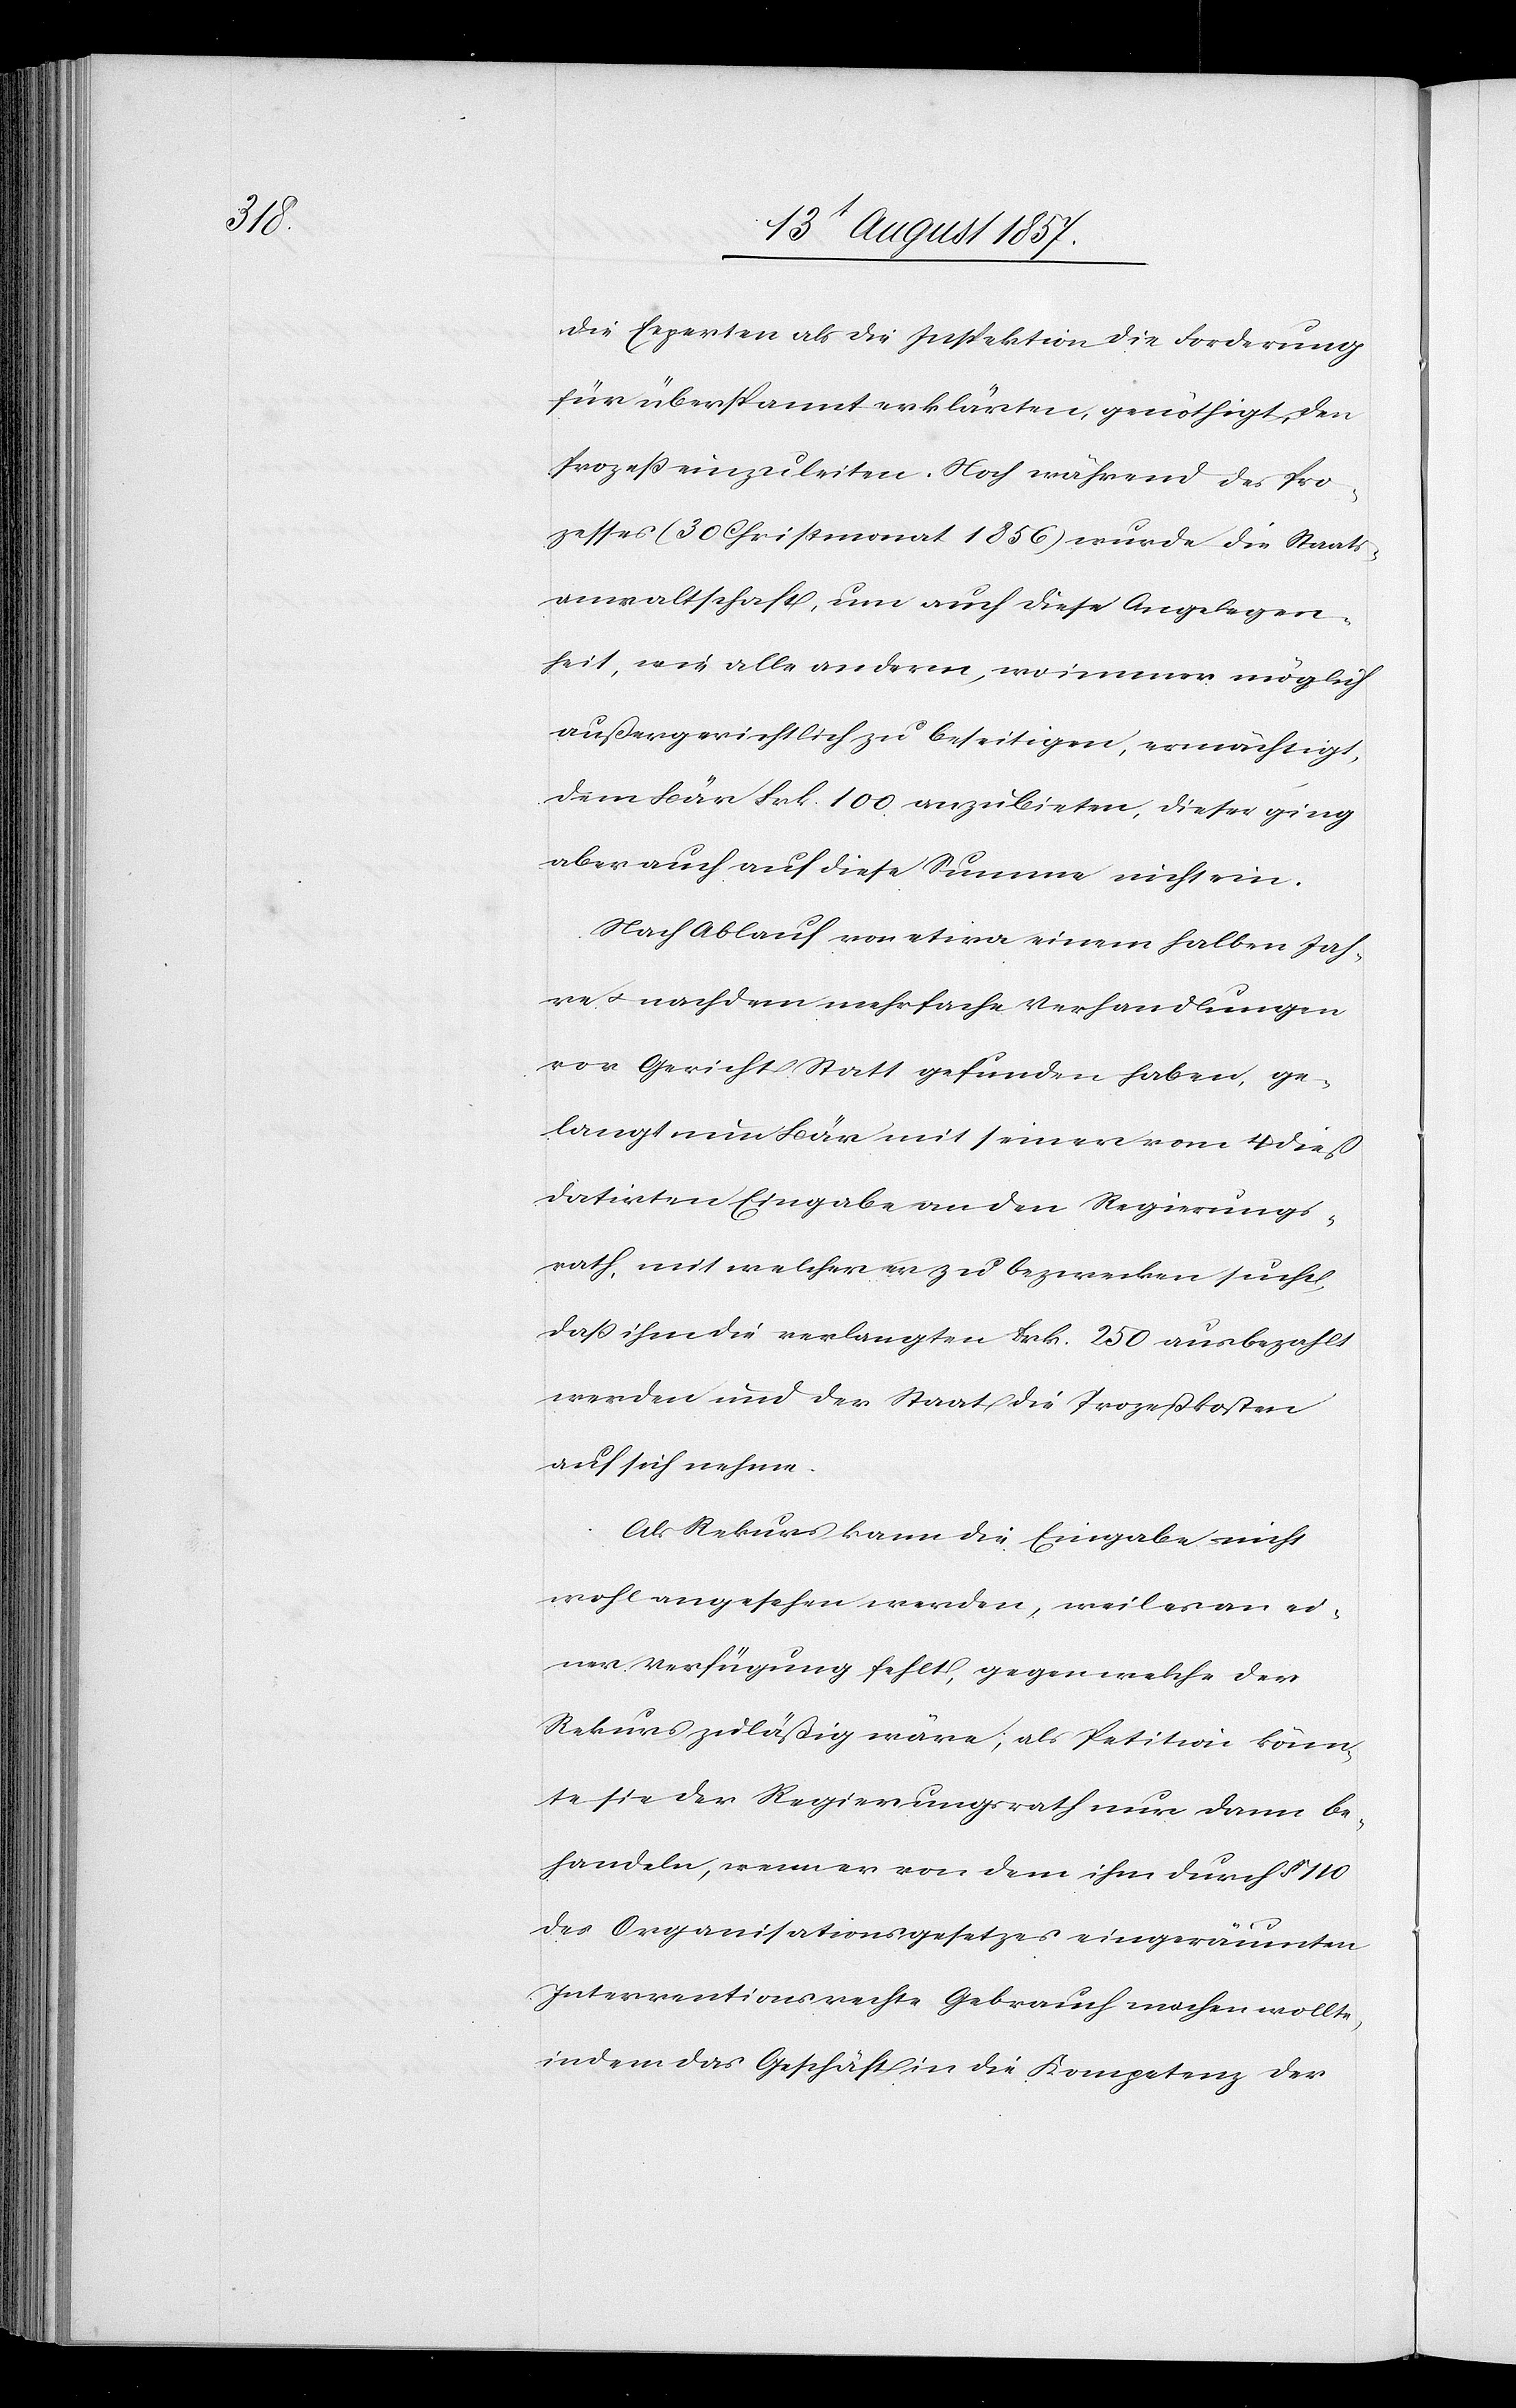
die Experten als die Inspektion die Forderung
für überspannt erklärten, genöthigt, den
Prozeß einzuleiten. Noch während des Pro¬
zesses (30 Christmonat 1856) wurde die Staats¬
anwaltschaft, um auch diese Angelegen¬
heit, wie alle andern, wo immer möglich
außergerichtlich zu beseitigen, ermächtigt,
dem Bär Frk. 100 anzubieten, dieser ging
aber auch auf diese Summe nicht ein.
Nach Ablauf von etwa einem halben Jah¬
re & nachdem mehrfache Verhandlungen
vor Gericht Statt gefunden haben, ge¬
langt nun Bär mit seiner von 4 dieß
datirten Eingabe an den Regierungs¬
rath, mit welcher er zu bezwecken sucht,
daß ihm die verlangten Frk. 250 ausbezahlt
werden und der Staat die Prozeßkosten
auf sich nehme.
Als Rekurs kann die Eingabe nicht
wohl angesehen werden, weil es an ei¬
ner Verfügung fehlt, gegen welche der
Rekurs zuläßig wäre, als Petition könn¬
te sie der Regierungsrath nur dann be¬
handeln, wenn er von dem ihm durch § 110
des Organisationsgesetzes eingeräumten
Interventionsrechte Gebrauch machen wollte,
indem das Geschäft in die Kompetenz der